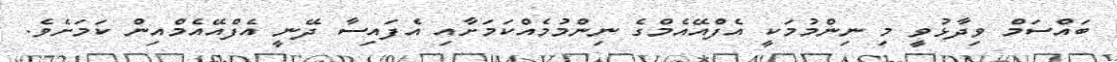
ބައްސަމް ވިދާޅުވީ މި ނިންމުމަކީ އެފްއޭއެމްގެ ނިންމުމެއްކަމަށާއި އެފައިސާ ދޭނީ އެފްއޭއެމްއިން ކަމަށެވެ.